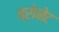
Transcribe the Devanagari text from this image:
ब्रोनेट